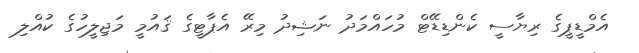
އެމްޑީޕީގެ ރިޔާސީ ކެންޑިޑޭޓް މުހައްމަދު ނަޝިދު މިރޭ އެޕާޓީގެ ޤައުމީ މަޖިލީހުގެ ކުއްލި